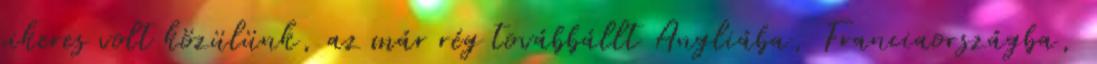
sikeres volt közülünk, az már rég továbbállt Angliába, Franciaországba,